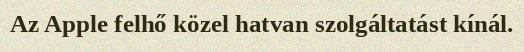
Az Apple felhő közel hatvan szolgáltatást kínál.